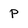
Character: p